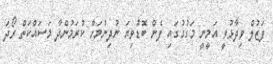
ފަޒުލް ވިދާޅުވީ އަމީނީ މަގުގުގައި ފެން ބޮޑުވިޔަ ނުދިނުމަށް ކުރަމުންދާ މަސައްކަތް ރޯދަ